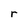
Character: r